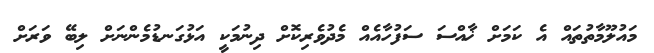
މައުލޫމާތުތައް އެ ކަމަށް ޚާއްސަ ސަފުހާއެއް މެދުވެރިކޮށް ދިނުމަކީ އަޅުގަނޑުމެންނަށް ލިބޭ ވަރަށް